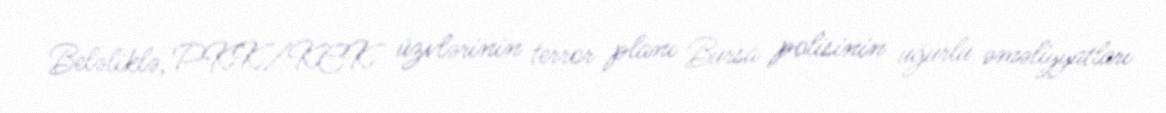
Beləliklə, PKK/KCK üzvlərinin terror planı Bursa polisinin uğurlu əməliyyatları